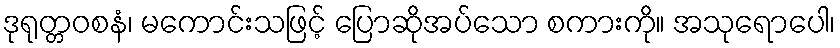
ဒုရုတ္တဝစနံ၊ မကောင်းသဖြင့် ပြောဆိုအပ်သော စကားကို။ အသုရောပေါ၊